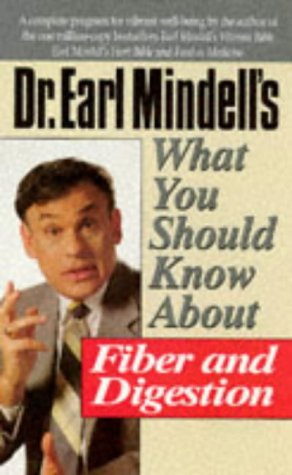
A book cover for Dr. Earl Mindell's What You Should Know About Fiber and Digestion (What You Should Know Health Management Series); Earl Mindell; Health, Fitness & Dieting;